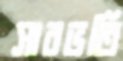
সারভর্তি